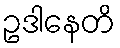
ဥဒါနေတိ